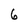
Character: 6